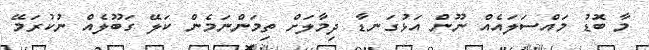
މާ ބޮޑު މައްސަލައެއް ނޫން އަޅުގަނޑާ ދިމާލަށް ތިމަންނަމެން ކަލޭ ގަބޫލެއް ނުކުރަމޭ